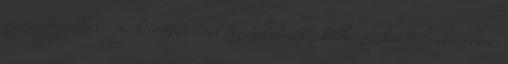
száma, fogadhat-e push notificationt Az Alkalmazás Felhasználó általi aktiválása,